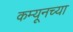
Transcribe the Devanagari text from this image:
कम्यूनच्या